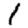
Digit: 1